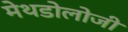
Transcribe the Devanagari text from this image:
मेथडोलोजी